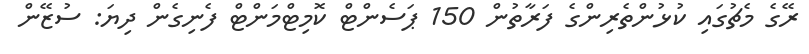
ރޭގެ މެޗުގައި ކުުޅުންތެރިންގެ ފަރާތުން 150 ޕަސެންޓް ކޮމިޓްމަންޓް ފެނިގެން ދިޔަ: ސުޒޭން